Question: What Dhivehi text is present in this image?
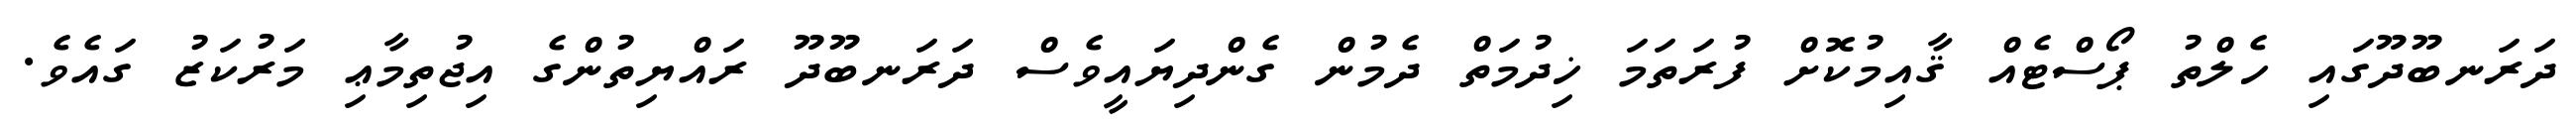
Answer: ދަރަނބޫދޫގައި ހެލްތު ޕޯސްޓެއް ޤާއިމުކޮށް ފުރަތަމަ ޚިދުމަތް ދެމުން ގެންދިޔައީވެސް ދަރަނބޫދޫ ރައްޔިތުންގެ އިޖުތިމާޢި މަރުކަޒު ގައެވެ.